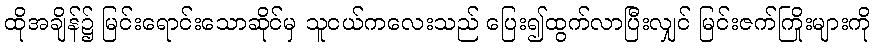
ထိုအချိန်၌ မြင်းရောင်းသောဆိုင်မှ သူငယ်ကလေးသည် ပြေး၍ထွက်လာပြီးလျှင် မြင်းဇက်ကြိုးများကို